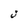
Character: J